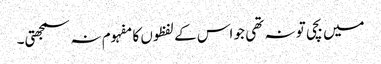
میں بچی تو نہ تھی جو اس کے لفظوں کا مفہوم نہ سمجھتی۔